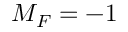
M _ { F } = - 1